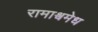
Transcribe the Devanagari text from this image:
रामाश्वमेध